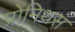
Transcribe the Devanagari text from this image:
प्रोमिथस